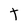
Character: T